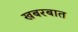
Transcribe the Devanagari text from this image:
खबरबात